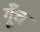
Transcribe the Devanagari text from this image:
गूँच